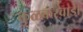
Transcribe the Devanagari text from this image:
कुळकरवाडी